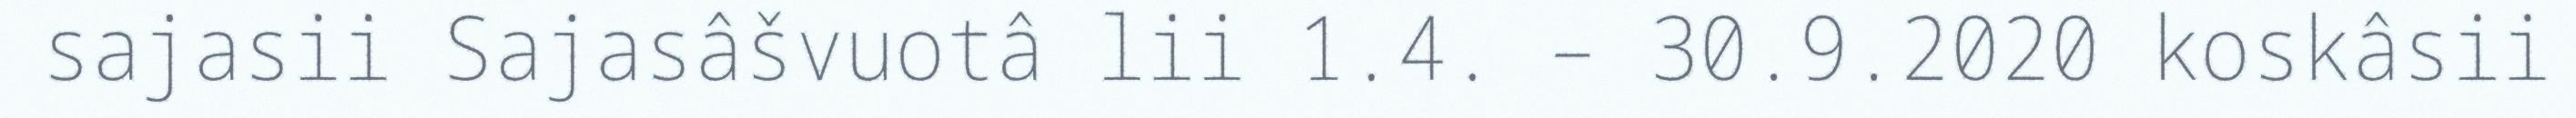
sajasii Sajasâšvuotâ lii 1.4. – 30.9.2020 koskâsii